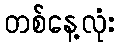
တစ်နေ့လုံး